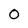
Character: 0